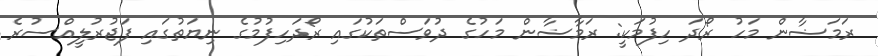
ރަމަޟާން މަހު ރޯދަ ހިފުމަކީ: ރަމާޟާން މަހުގެ ދުވަސްތަކުގައި ރޯދަހިފުމުގެ ނިޔަތުގައި ފަޖުރުލީއްސުރެ